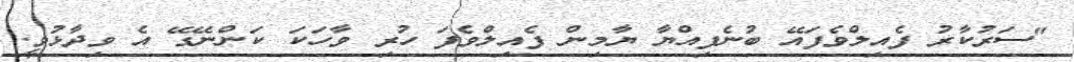
"ސަރުކާރު ފެއިލްވެފައޭ ބުނެފިއްޔާ ޔާމިން ފެއިލްވެފަ ހުރި ވާހަކަ ކަންނޭގޭ އެ ވިދާޅުވީ.